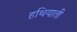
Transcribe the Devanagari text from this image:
हथियाती